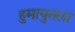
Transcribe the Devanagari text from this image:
हुमायुनला